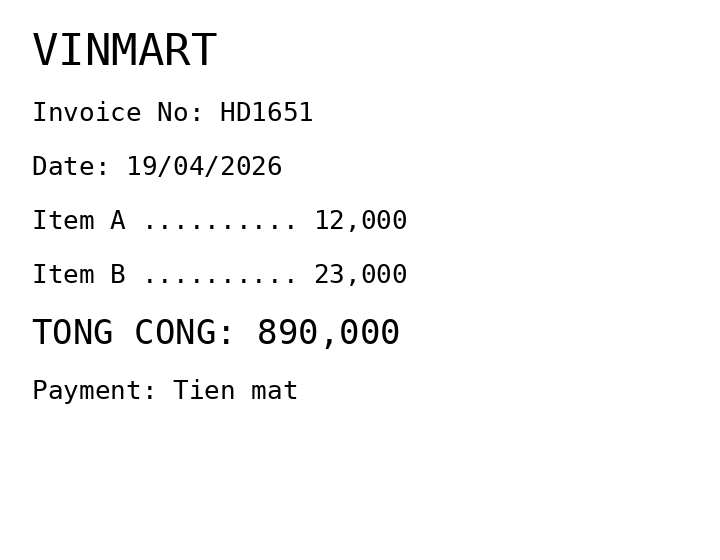
VINMART
Invoice No: HD1651
Date: 19/04/2026
Item A .......... 12,000
Item B .......... 23,000
TONG CONG: 890,000
Payment: Tien mat
Merchant: vinmart
Date: 2026-04-19
Total: 890000
Invoice No: HD1651
Payment method: CASH